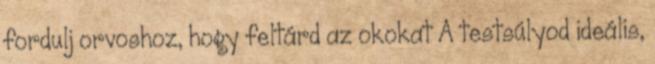
fordulj orvoshoz, hogy feltárd az okokat A testsúlyod ideális,